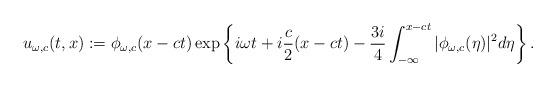
LaTeX: \begin{align*}u_{\omega,c}(t,x):=\phi_{\omega,c}(x-ct)\exp\left\{i\omega t+i\frac{c}{2}(x-ct)-\frac{3i}{4}\int_{-\infty}^{x-ct}|\phi_{\omega,c}(\eta)|^2d\eta\right\}.\end{align*}